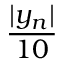
\frac { | y _ { n } | } { 1 0 }